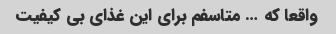
واقعا که … متاسفم برای این غذای بی کیفیت